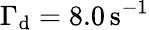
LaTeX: \Gamma_{\mathrm{d}}=8.0\, \mathrm{s}^{-1}